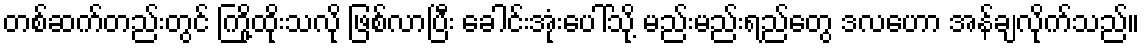
တစ်ဆက်တည်းတွင် ကြို့ထိုးသလို ဖြစ်လာပြီး ခေါင်းအုံးပေါ်သို့ မည်းမည်းရည်တွေ ဒလဟော အန်ချလိုက်သည်။